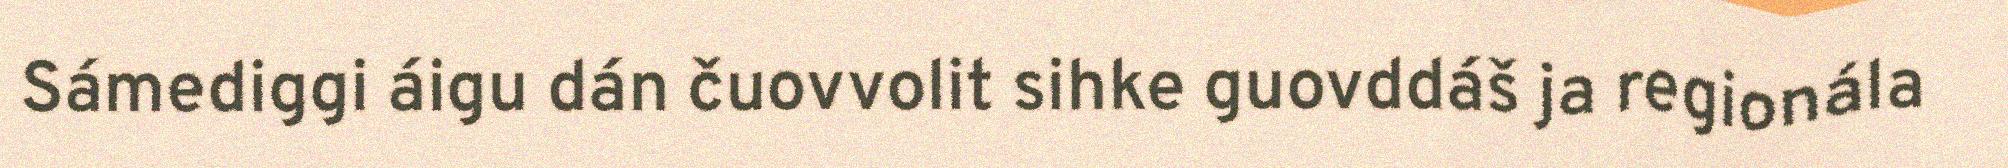
Sámediggi áigu dán čuovvolit sihke guovddáš ja regionála